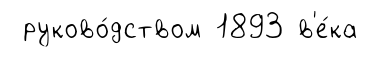
руково́дством 1893 в'е́ка